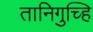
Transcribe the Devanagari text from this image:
तानिगुच्हि